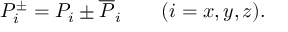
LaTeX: P _ { i } ^ { \pm } = P _ { i } \pm \overline { { { P } } } _ { i } \qquad ( i = x , y , z ) .